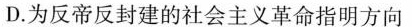
D.为反帝反封建的社会主义革命指明方向